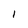
Character: 1